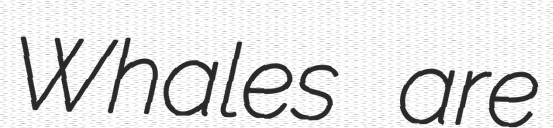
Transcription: Whales are